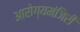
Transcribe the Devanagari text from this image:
आरोग्यमंजिरी